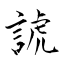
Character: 諕